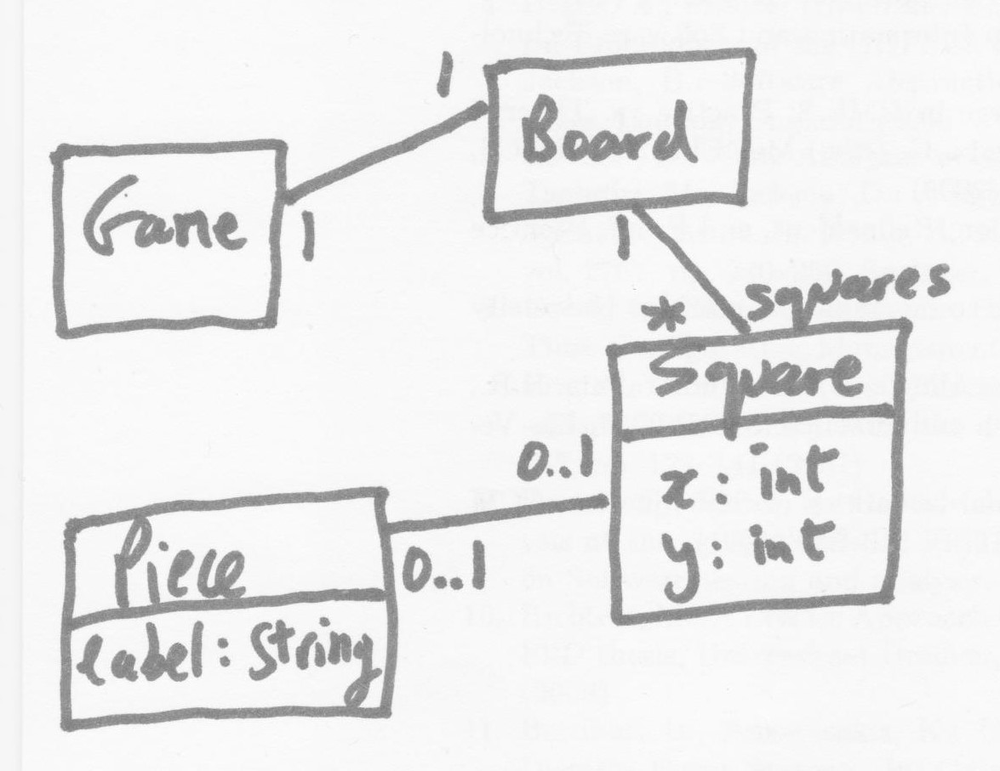
Diagram type: class_diagram
```plantuml
@startuml

class Game

class Board

class Square {
  x: int
  y: int
}

class Piece {
  label: String
}

Game "1" -- "1" Board
Board "1" -- "squares *" Square
Square "0..1" -- "0..1" Piece

@enduml
```